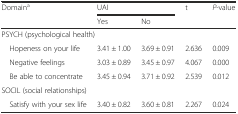
<table><thead><tr><td rowspan="2"><b>Domain<sup>a</sup></b></td><td colspan="2"><b>UAI</b></td><td rowspan="2"><b>t</b></td><td rowspan="2"><b><i>P</i>-value</b></td></tr><tr><td><b>Yes</b></td><td><b>No</b></td></tr></thead><tbody><tr><td colspan="5">PSYCH (psychological health)</td></tr><tr><td> Hopeness on your life</td><td>3.41 ± 1.00</td><td>3.69 ± 0.91</td><td>2.636</td><td>0.009</td></tr><tr><td> Negative feelings</td><td>3.03 ± 0.89</td><td>3.45 ± 0.97</td><td>4.067</td><td>0.000</td></tr><tr><td> Be able to concentrate</td><td>3.45 ± 0.94</td><td>3.71 ± 0.92</td><td>2.539</td><td>0.012</td></tr><tr><td colspan="5">SOCIL (social relationships)</td></tr><tr><td> Satisfy with your sex life</td><td>3.40 ± 0.82</td><td>3.60 ± 0.81</td><td>2.267</td><td>0.024</td></tr></tbody></table>